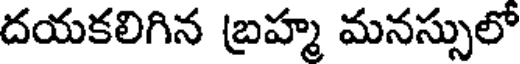
దయకలిగిన బ్రహ్మ మనస్సులో